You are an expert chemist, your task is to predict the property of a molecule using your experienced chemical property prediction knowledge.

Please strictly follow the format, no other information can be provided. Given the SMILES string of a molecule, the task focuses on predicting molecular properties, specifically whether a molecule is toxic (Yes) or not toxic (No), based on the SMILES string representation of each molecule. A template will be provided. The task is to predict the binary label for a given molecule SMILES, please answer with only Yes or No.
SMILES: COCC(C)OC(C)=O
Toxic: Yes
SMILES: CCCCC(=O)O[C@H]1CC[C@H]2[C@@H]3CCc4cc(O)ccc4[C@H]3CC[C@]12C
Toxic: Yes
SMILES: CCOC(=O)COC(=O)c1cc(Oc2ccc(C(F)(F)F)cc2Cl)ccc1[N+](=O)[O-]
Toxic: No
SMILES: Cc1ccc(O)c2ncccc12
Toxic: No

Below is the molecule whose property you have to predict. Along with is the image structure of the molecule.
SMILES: NC1=NC(=O)C(c2ccccc2)O1
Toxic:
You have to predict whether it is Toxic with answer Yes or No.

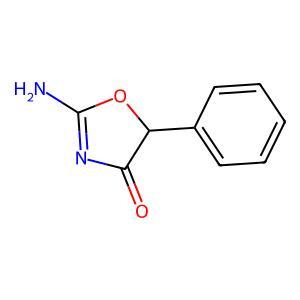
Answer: No